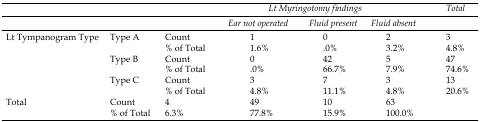
<table><thead><tr><td></td><td></td><td></td><td colspan="3"><b>Lt Myringotomy findings</b></td><td><b>Total</b></td></tr><tr><td></td><td></td><td></td><td><b>Ear not operated</b></td><td><b>Fluid present</b></td><td><b>Fluid absent</b></td><td></td></tr></thead><tbody><tr><td rowspan="6">Lt Tympanogram Type</td><td rowspan="2">Type A</td><td>Count</td><td>1</td><td>0</td><td>2</td><td>3</td></tr><tr><td>% of Total</td><td>1.6%</td><td>.0%</td><td>3.2%</td><td>4.8%</td></tr><tr><td rowspan="2">Type B</td><td>Count</td><td>0</td><td>42</td><td>5</td><td>47</td></tr><tr><td>% of Total</td><td>.0%</td><td>66.7%</td><td>7.9%</td><td>74.6%</td></tr><tr><td rowspan="2">Type C</td><td>Count</td><td>3</td><td>7</td><td>3</td><td>13</td></tr><tr><td>% of Total</td><td>4.8%</td><td>11.1%</td><td>4.8%</td><td>20.6%</td></tr><tr><td rowspan="2" colspan="2">Total</td><td>Count</td><td>4</td><td>49</td><td>10</td><td>63</td></tr><tr><td>% of Total</td><td>6.3%</td><td>77.8%</td><td>15.9%</td><td>100.0%</td></tr></tbody></table>